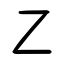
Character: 乙